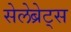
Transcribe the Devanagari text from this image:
सेलेब्रेट्स